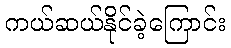
ကယ်ဆယ်နိုင်ခဲ့ကြောင်း